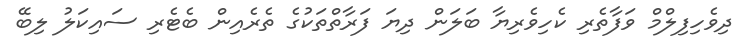
ދިވެހިފިލްމް ވަފާތެރި ކެހިވެރިޔާ ބަލަން ދިޔަ ފަރާތްތަކުގެ ތެރެއިން ބެޓެރި ސައިކަލު ލިބޭ